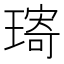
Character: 𤨥